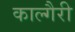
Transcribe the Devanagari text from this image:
काल्गैरी